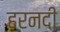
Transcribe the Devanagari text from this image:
हरनदी